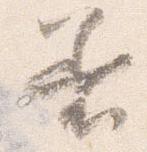
着